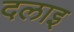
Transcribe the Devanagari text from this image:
दलाइ